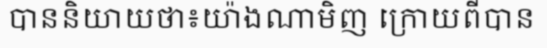
បាននិយាយថា៖យ៉ាងណាមិញ ក្រោយពីបាន